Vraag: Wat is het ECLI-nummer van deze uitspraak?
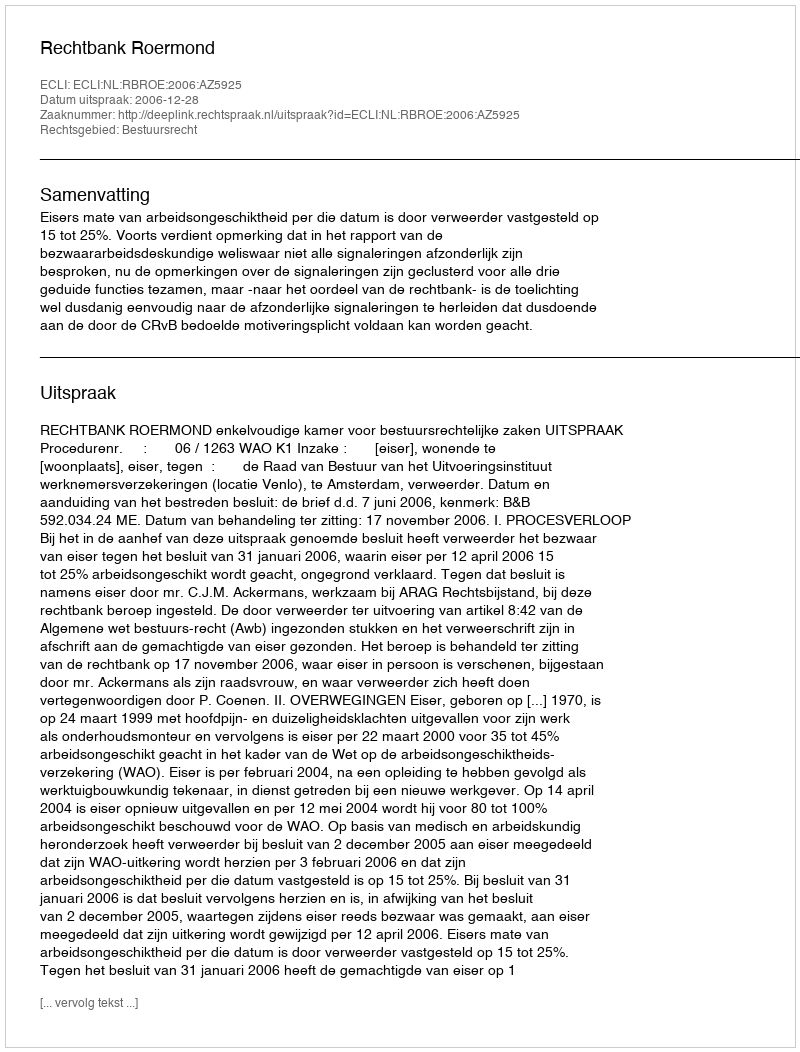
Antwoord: ECLI:NL:RBROE:2006:AZ5925